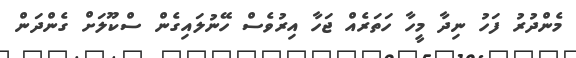
މެންދުރު ފަހު ނިދާ މީހާ ހަތަރެއް ޖަހާ އިރުވެސް ހޭނުލައިގެން ސްކޫލަށް ގެންދަން